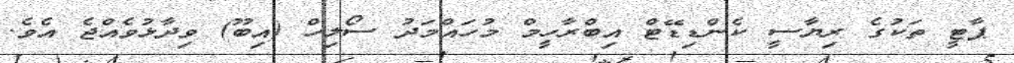
ޕާޓީ ތަކުގެ ރިޔާސީ ކެންޑިޑޭޓް އިބްރާހީމް މުހައްމަދު ސޯލިހް (އިބޫ) ވިދާޅުވެއްޖެ އެވެ.